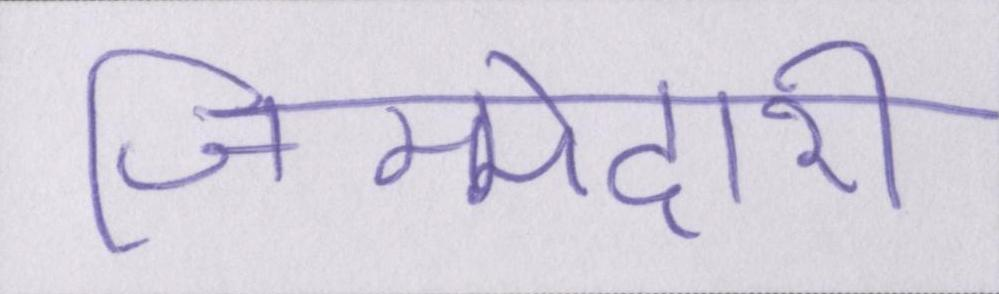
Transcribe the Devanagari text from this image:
जिम्मेदारी